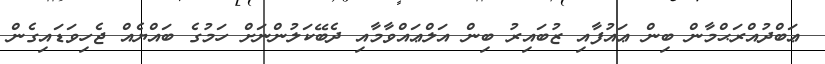
ޢަބްދުއްރަޙްމާން ބިން ޢައުފާއި ޒުބައިރު ބިން އަލްޢައްވާމާއި ދެބޭކަލުންނަށް ހަމުގެ ބައްޔެއް ޖެހިވަޑައިގެން